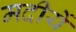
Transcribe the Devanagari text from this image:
मदीयें